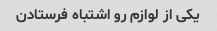
یکی از لوازم رو اشتباه فرستادن